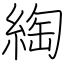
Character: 綯